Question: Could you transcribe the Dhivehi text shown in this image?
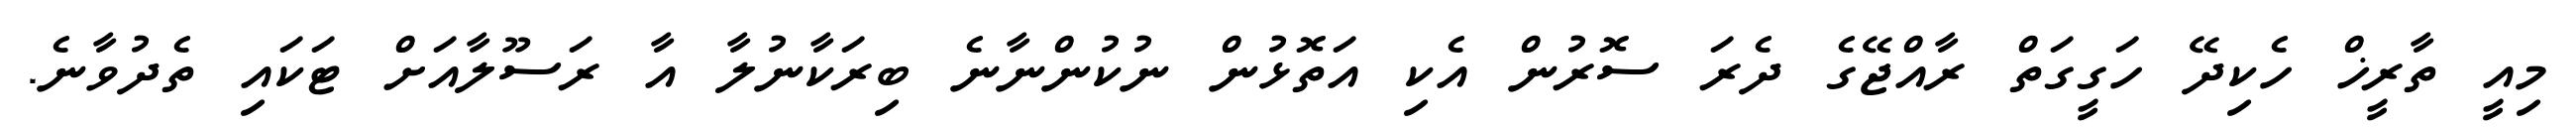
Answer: މިއީ ތާރީޚް ހެކިދޭ ހަގީގަތް ރާއްޖޭގެ ދެރަ ސޮރުން އެކި އަތޮޅުން ނުކުންނާނެ ބިރަކާނުލާ އާ ރަސޫލާއަށް ޓަކައި ތެދުވާނެ.